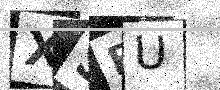
Text: XSEU